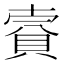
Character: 𧶌